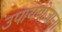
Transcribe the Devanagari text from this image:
उपाययोजाना